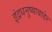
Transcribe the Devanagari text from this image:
इंद्रधनुष्याबाहेर